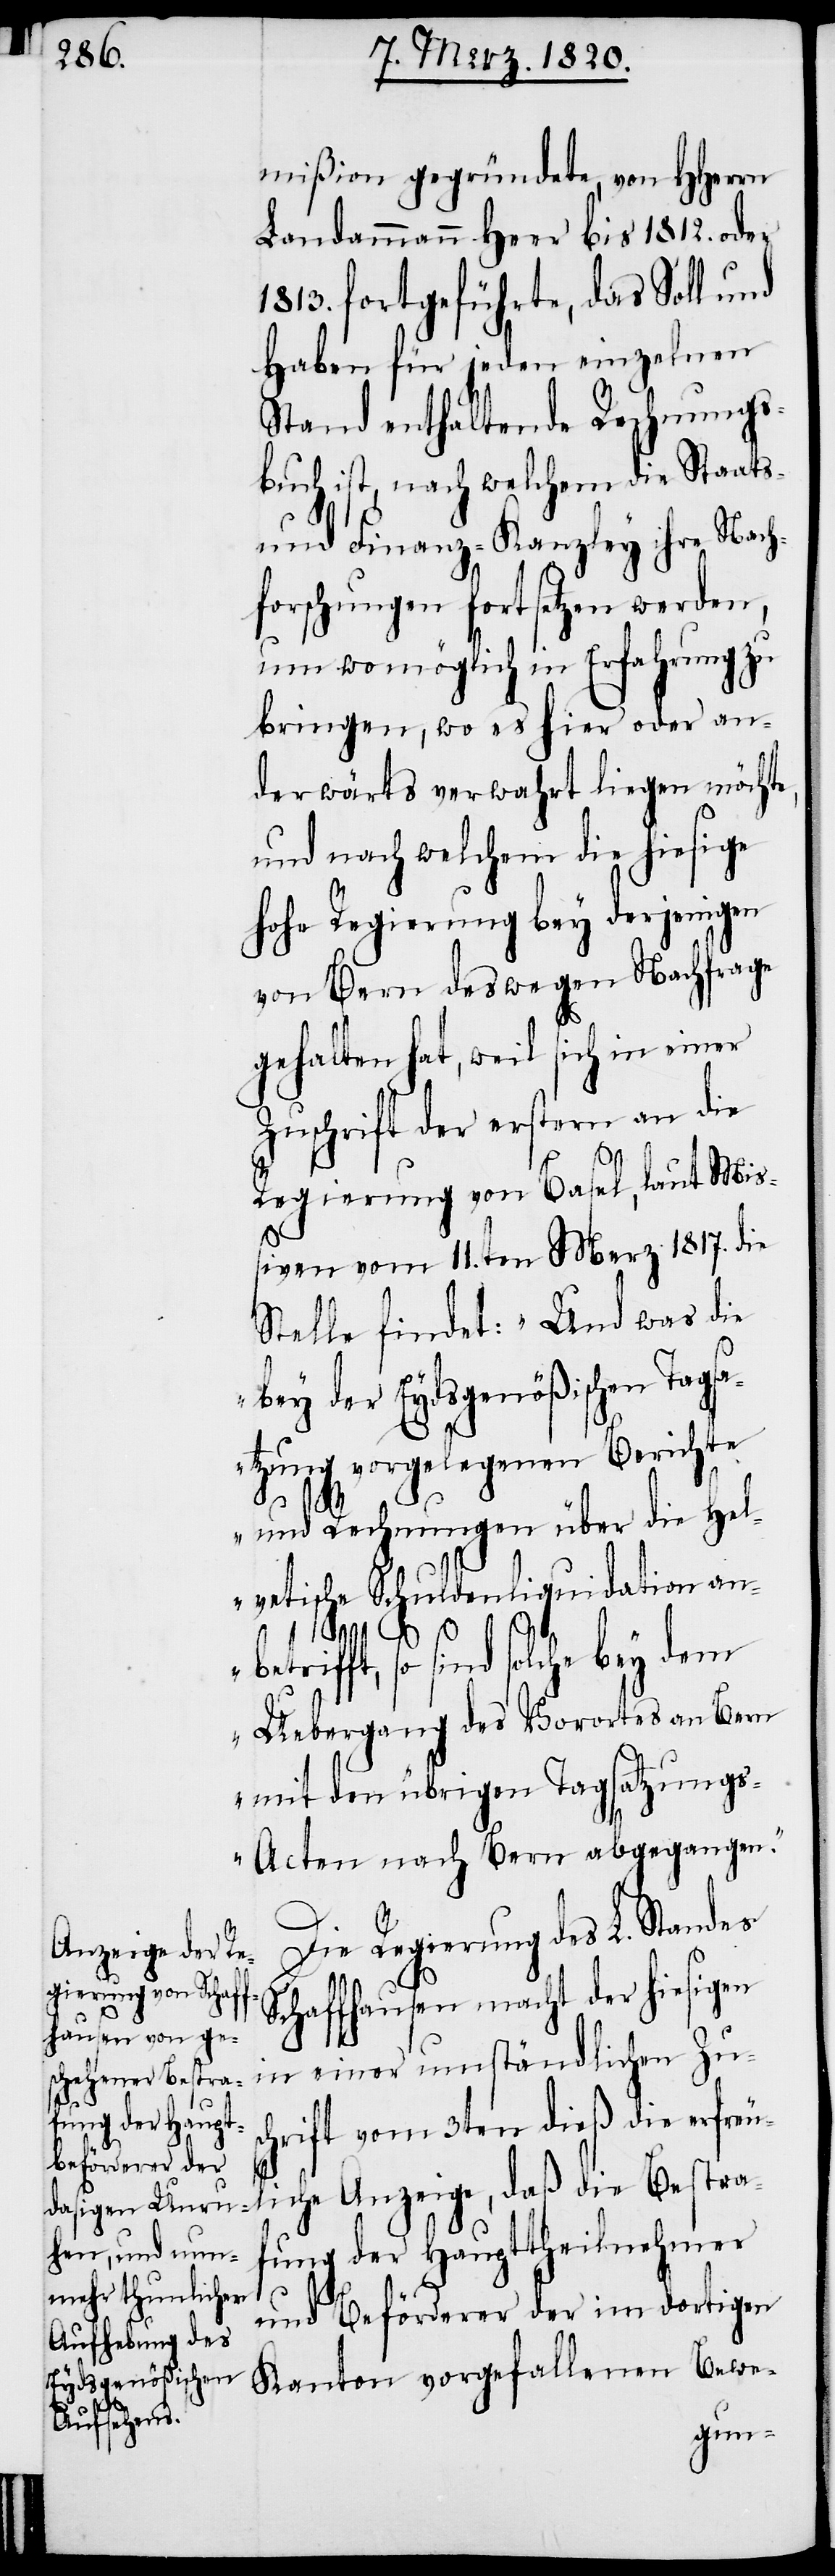
mißion gegründete, von HHerrn
Landammann Heer bis 1812. oder
1813. fortgeführte, das Soll und
Haben für jeden einzelnen
Stand enthaltende Rechnungs¬
buch ist, nach welchem die Staats-
und Finanz-Kanzley ihre Nach¬
forschungen fortsetzen werden,
um womöglich in Erfahrung zu
bringen, wo es hier oder an¬
derwärts verwahrt liegen möchte,
und nach welchem die hiesige
hohe Regierung bey derjenigen
von Bern deswegen Nachfrage
gehalten hat, weil sich in einer
Zuschrift der erstern an die
Regierung von Basel, laut Miß¬
iven vom 11.ten Merz 1817. die
Stelle findet: „Und was die
bey der Eydsgenößischen Tagsa¬
tzung vorgelegenen Berichte
und Rechnungen über die Hel¬
vetische Schuldenliquidation an¬
trifft, so sind solche bey dem
Uebergang des Vorortes an Bern
mit den übrigen Tagsatzung¬
s-Acten nach Bern abgegangen.“
sc¬
Die Regierung des L. Standes
Schaffhausen macht der hiesigen
in einer umständlichen Zu¬
hrift vom 3ten dieß die erfreu¬
liche Anzeige, daß die Bestra¬
fung der Haupttheilnehmer
und Beförderer der im dortigen
Kanton vorgefallenen Bewe-